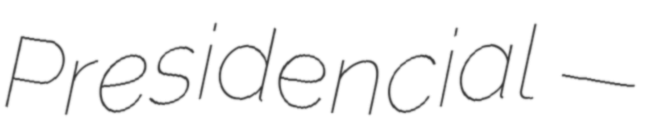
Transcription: Presidencial —